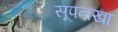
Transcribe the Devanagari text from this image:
सूपनखा